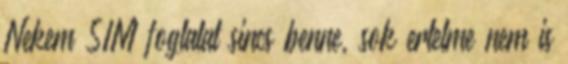
Nekem SIM foglalat sincs benne, sok ertelme nem is